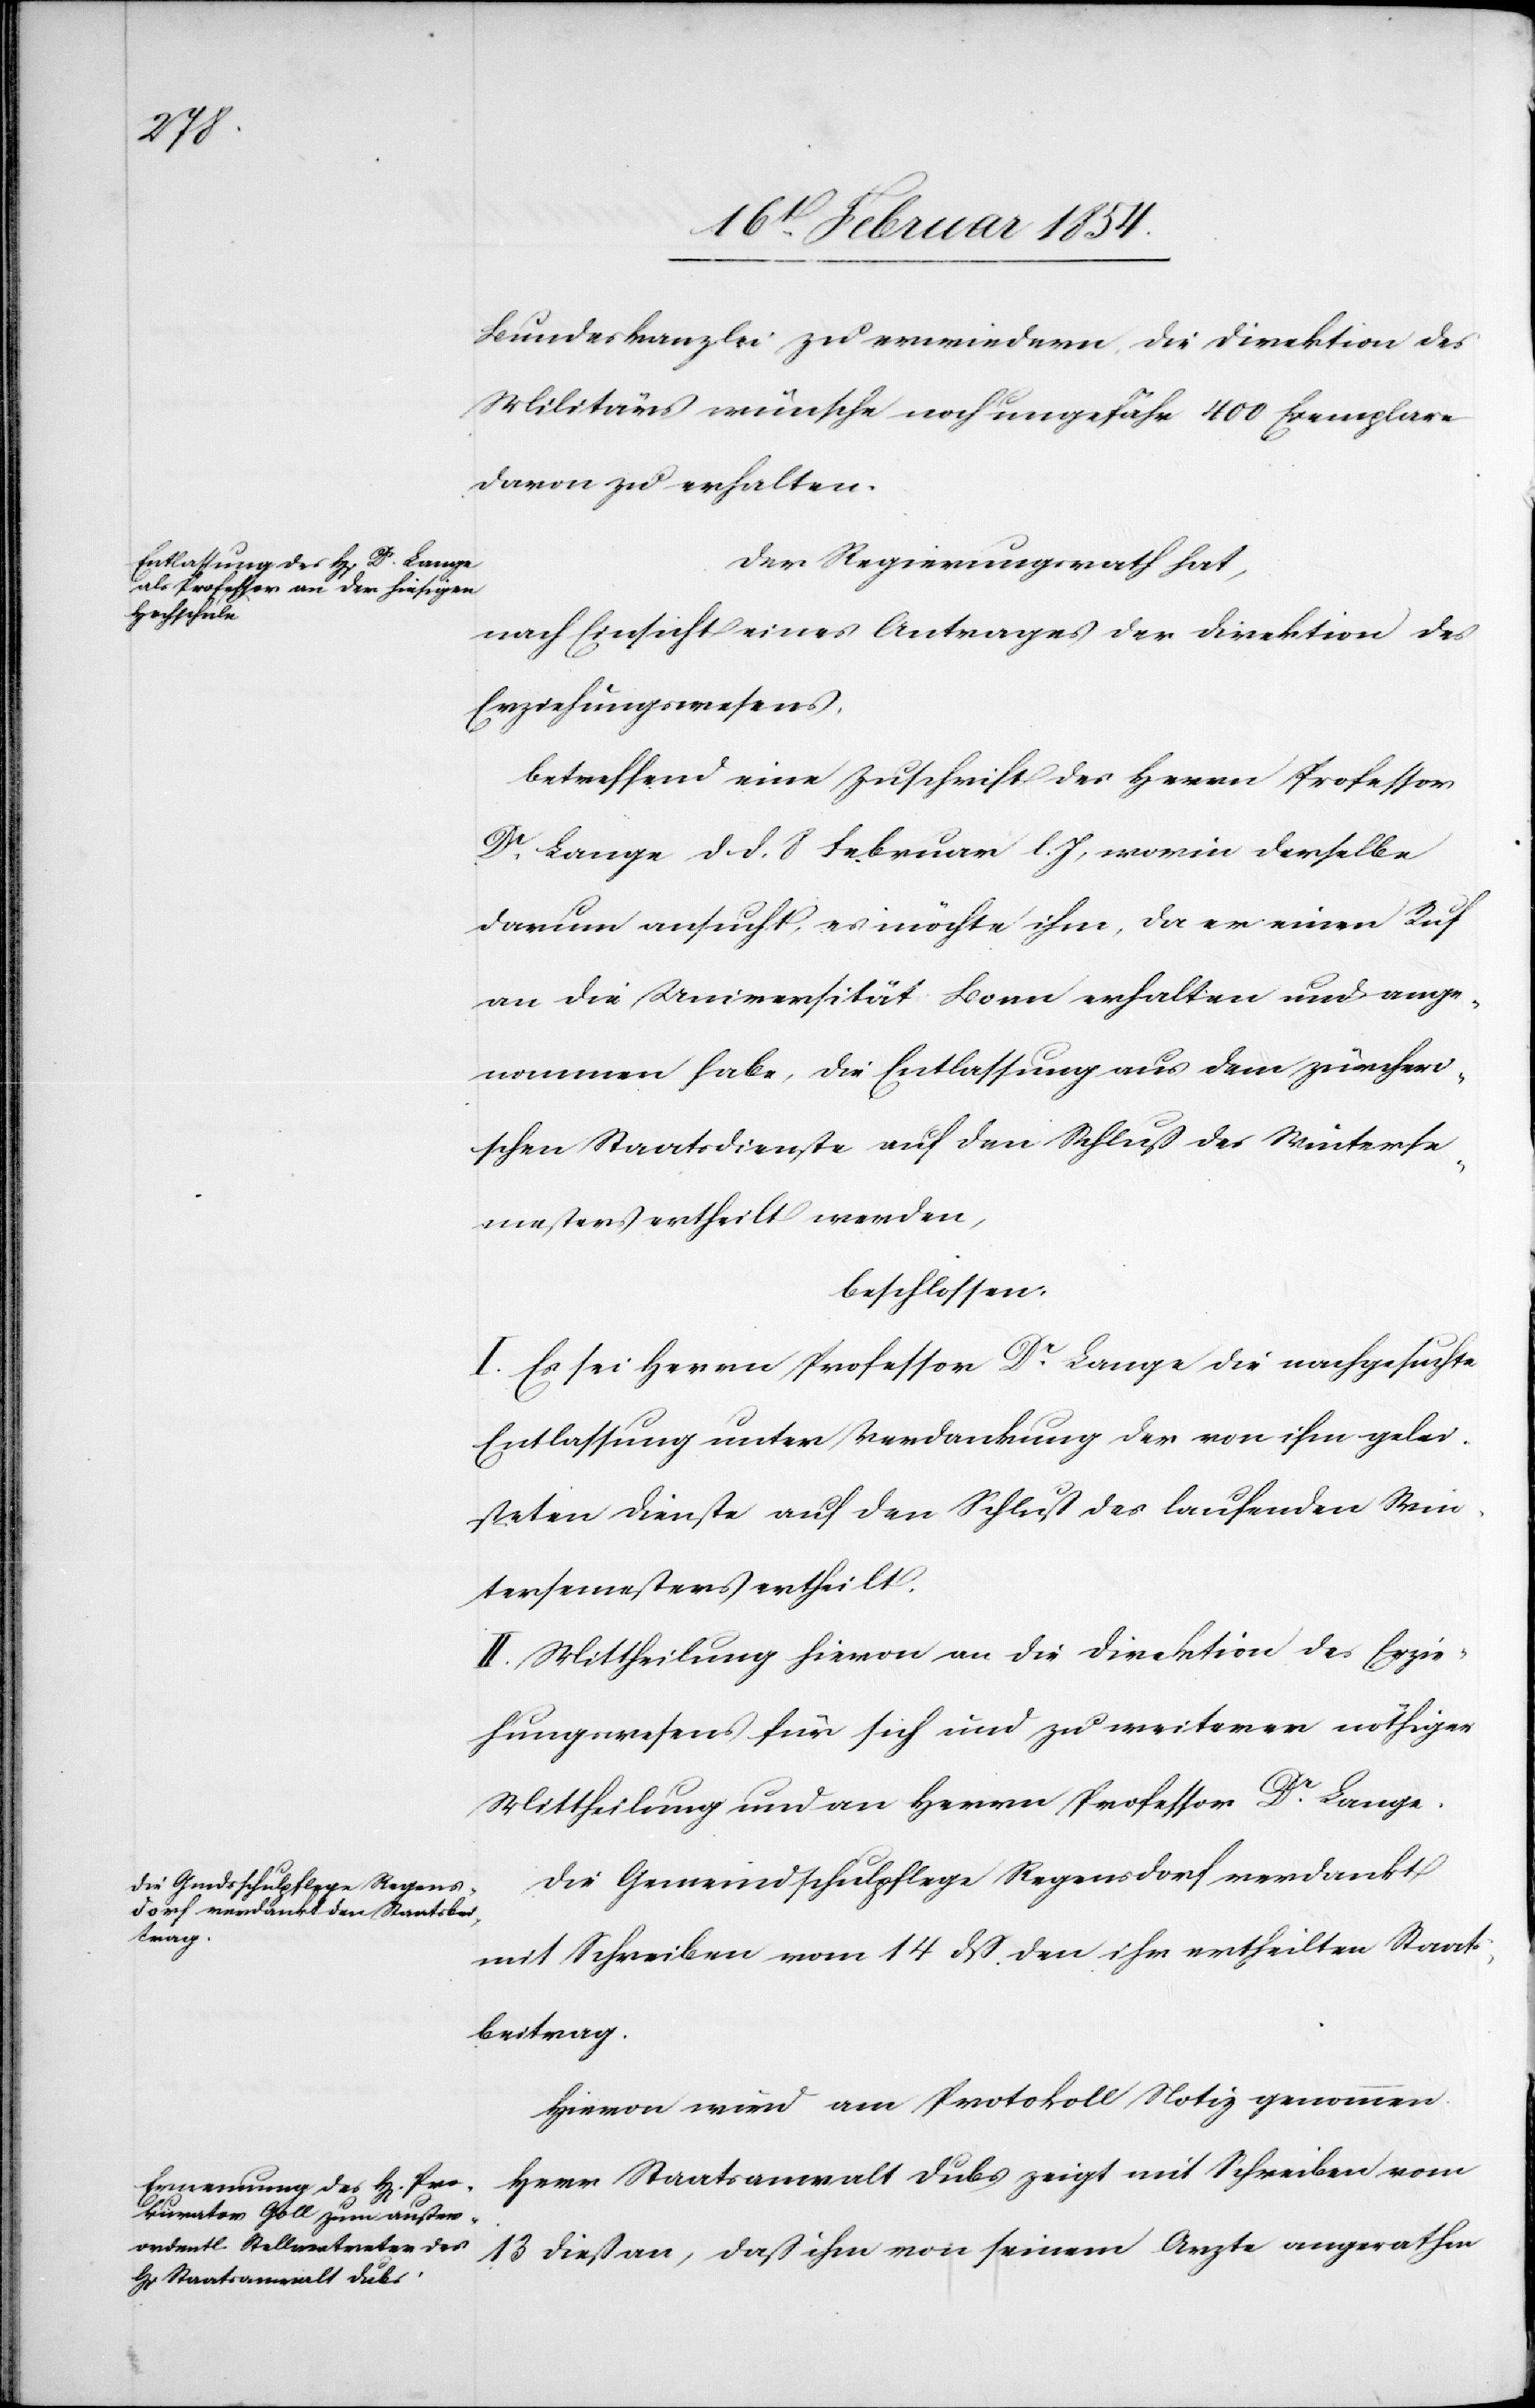
Bundeskanzlei zu erwiedern, die Direktion des
Militärs wünsche noch ungefähr 400 Exemplare
davon zu erhalten.
Der Regierungsrath hat,
nach Einsicht eines Antrages der Direktion des
Erziehungswesens,
betreffend eine Zuschrift des Herrn Professor
Dr Lange d. d. 8 Februar l. Js, worin derselbe
darum ansucht, es möchte ihm, da er einen Ruf
an die Universität Bonn erhalten und ange¬
nommen habe, die Entlassung aus dem zürcheri¬
schen Staatsdienste auf den Schluß des Winterse¬
mesters ertheilt werden,
beschlossen:
I. Es sei Herrn Professor Dr Lange die nachgesuchte
Entlassung unter Verdankung der von ihm gelei¬
steten Dienste auf den Schluß des laufenden Win¬
tersemesters ertheilt.
II. Mittheilung hievon an die Direktion des Erzie¬
hungswesens für sich und zu weiterer nöthiger
Mittheilung und an Herrn Professor Dr Lange.
Die Gemeindschulpflege Regensdorf verdankt
mit Schreiben vom 14 dß. den ihr ertheilten Staats¬
beitrag.
Hievon wird am Protokoll Notiz genommen.
Herr Staatsanwalt Dubs zeigt mit Schreiben vom
13 dieß an, daß ihm von seinem Arzte angerathen